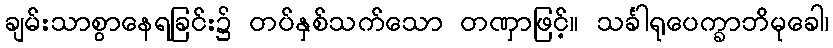
ချမ်းသာစွာနေရခြင်း၌ တပ်နှစ်သက်သော တဏှာဖြင့်။ သင်္ခါရုပေက္ခာဘိမုခေါ၊